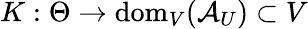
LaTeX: K:\Theta\to\mathrm{dom}_{V}(\mathcal{A}_{U})\subset V